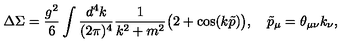
\Delta \Sigma = \frac { g ^ { 2 } } 6 \int \frac { d ^ { 4 } k } { ( 2 \pi ) ^ { 4 } } \frac 1 { k ^ { 2 } + m ^ { 2 } } \big ( 2 + \cos ( k \tilde { p } ) \big ) , \quad \tilde { p } _ { \mu } = \theta _ { \mu \nu } k _ { \nu } ,